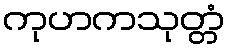
ကုဟကသုတ္တံ